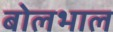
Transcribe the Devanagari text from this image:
बोलभाल